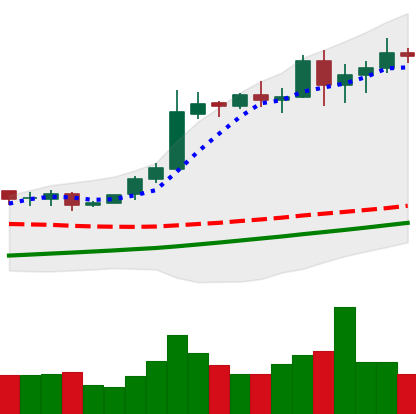
Ticker: BTC-USD
Chart end date: 2020-11-01
Forward return: 13.313%
Label: up_7plus